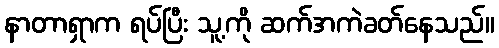
နာတာရှာက ရပ်ပြီး သူ့ကို ဆက်အကဲခတ်နေသည်။